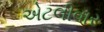
એટલીવાર